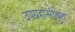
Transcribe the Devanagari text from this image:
उपग्रहांसोबत